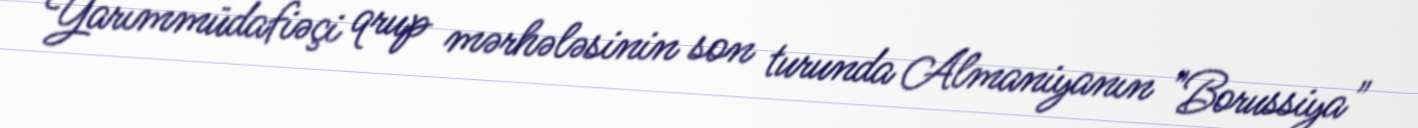
Yarımmüdafiəçi qrup mərhələsinin son turunda Almaniyanın "Borussiya"